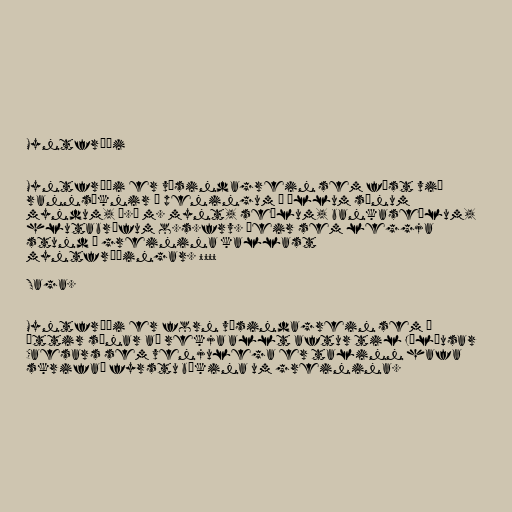
Myntfræði

Myntfræði er vísindagrein sem fæst við
rannsóknir á peningum í öllum sínum
myndum, þ.á m. mynt, seðlum, bankaseðlum,
hlutabréfum o.s.frv. Þeir sem leggja
stund á greinina kallast
myntfræðingar. °°°°

Saga.

Myntfræði er forn vísindagrein sem á
ættir sínar að rekja allt aftur til Júlíusar
Caesars sem venjulega er talinn hafa
skrifað fyrstu bókina um greinina.